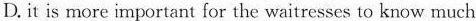
D.it is more important for the waitresses to know much